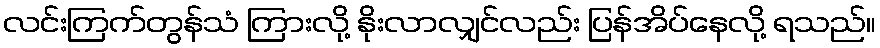
လင်းကြက်တွန်သံ ကြားလို့ နိုးလာလျှင်လည်း ပြန်အိပ်နေလို့ ရသည်။